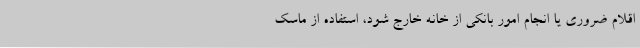
اقلام ضروری یا انجام امور بانکی از خانه خارج شود، استفاده از ماسک